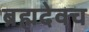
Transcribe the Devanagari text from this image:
ब्रह्मदेवच